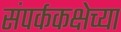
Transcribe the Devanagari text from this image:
संपर्ककक्षेच्या